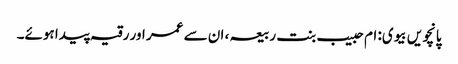
پانچویں بیوی: ام حبیب بنت ربیعہ ، ان سے عمر اور رقیہ پیدا ہوئے۔